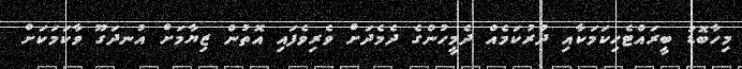
މިހާބޮޑު ބީރައްޓެހިކަމަކާއި ދުރުކަމެއް ދެމީހުންގެ ދެމެދަށް ވެރިވެފައި އޮތުން ޒިޔާމަށް އުނދަގޫ ވާކަމަކަށް